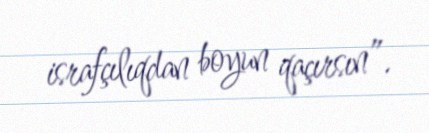
israfçılıqdan boyun qaçırsın”.